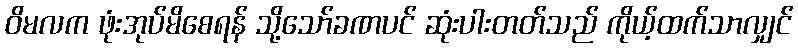
ဝိမလက ဖုံးအုပ်မိစေရန် သို့သော်ခဏပင် ဆုံးပါးတတ်သည် ကိုယ့်ထက်သာလျှင်